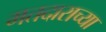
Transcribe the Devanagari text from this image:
मतदाराच्या